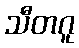
သီတဂူ